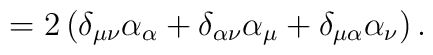
=2\left( \delta _{\mu \nu }\alpha _\alpha +\delta _{\alpha \nu}\alpha _\mu +\delta _{\mu \alpha }\alpha _\nu \right).